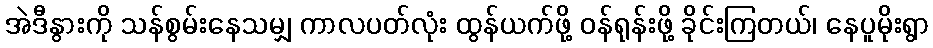
အဲဒီနွားကို သန်စွမ်းနေသမျှ ကာလပတ်လုံး ထွန်ယက်ဖို့ ဝန်ရုန်းဖို့ ခိုင်းကြတယ်၊ နေပူမိုးရွာ